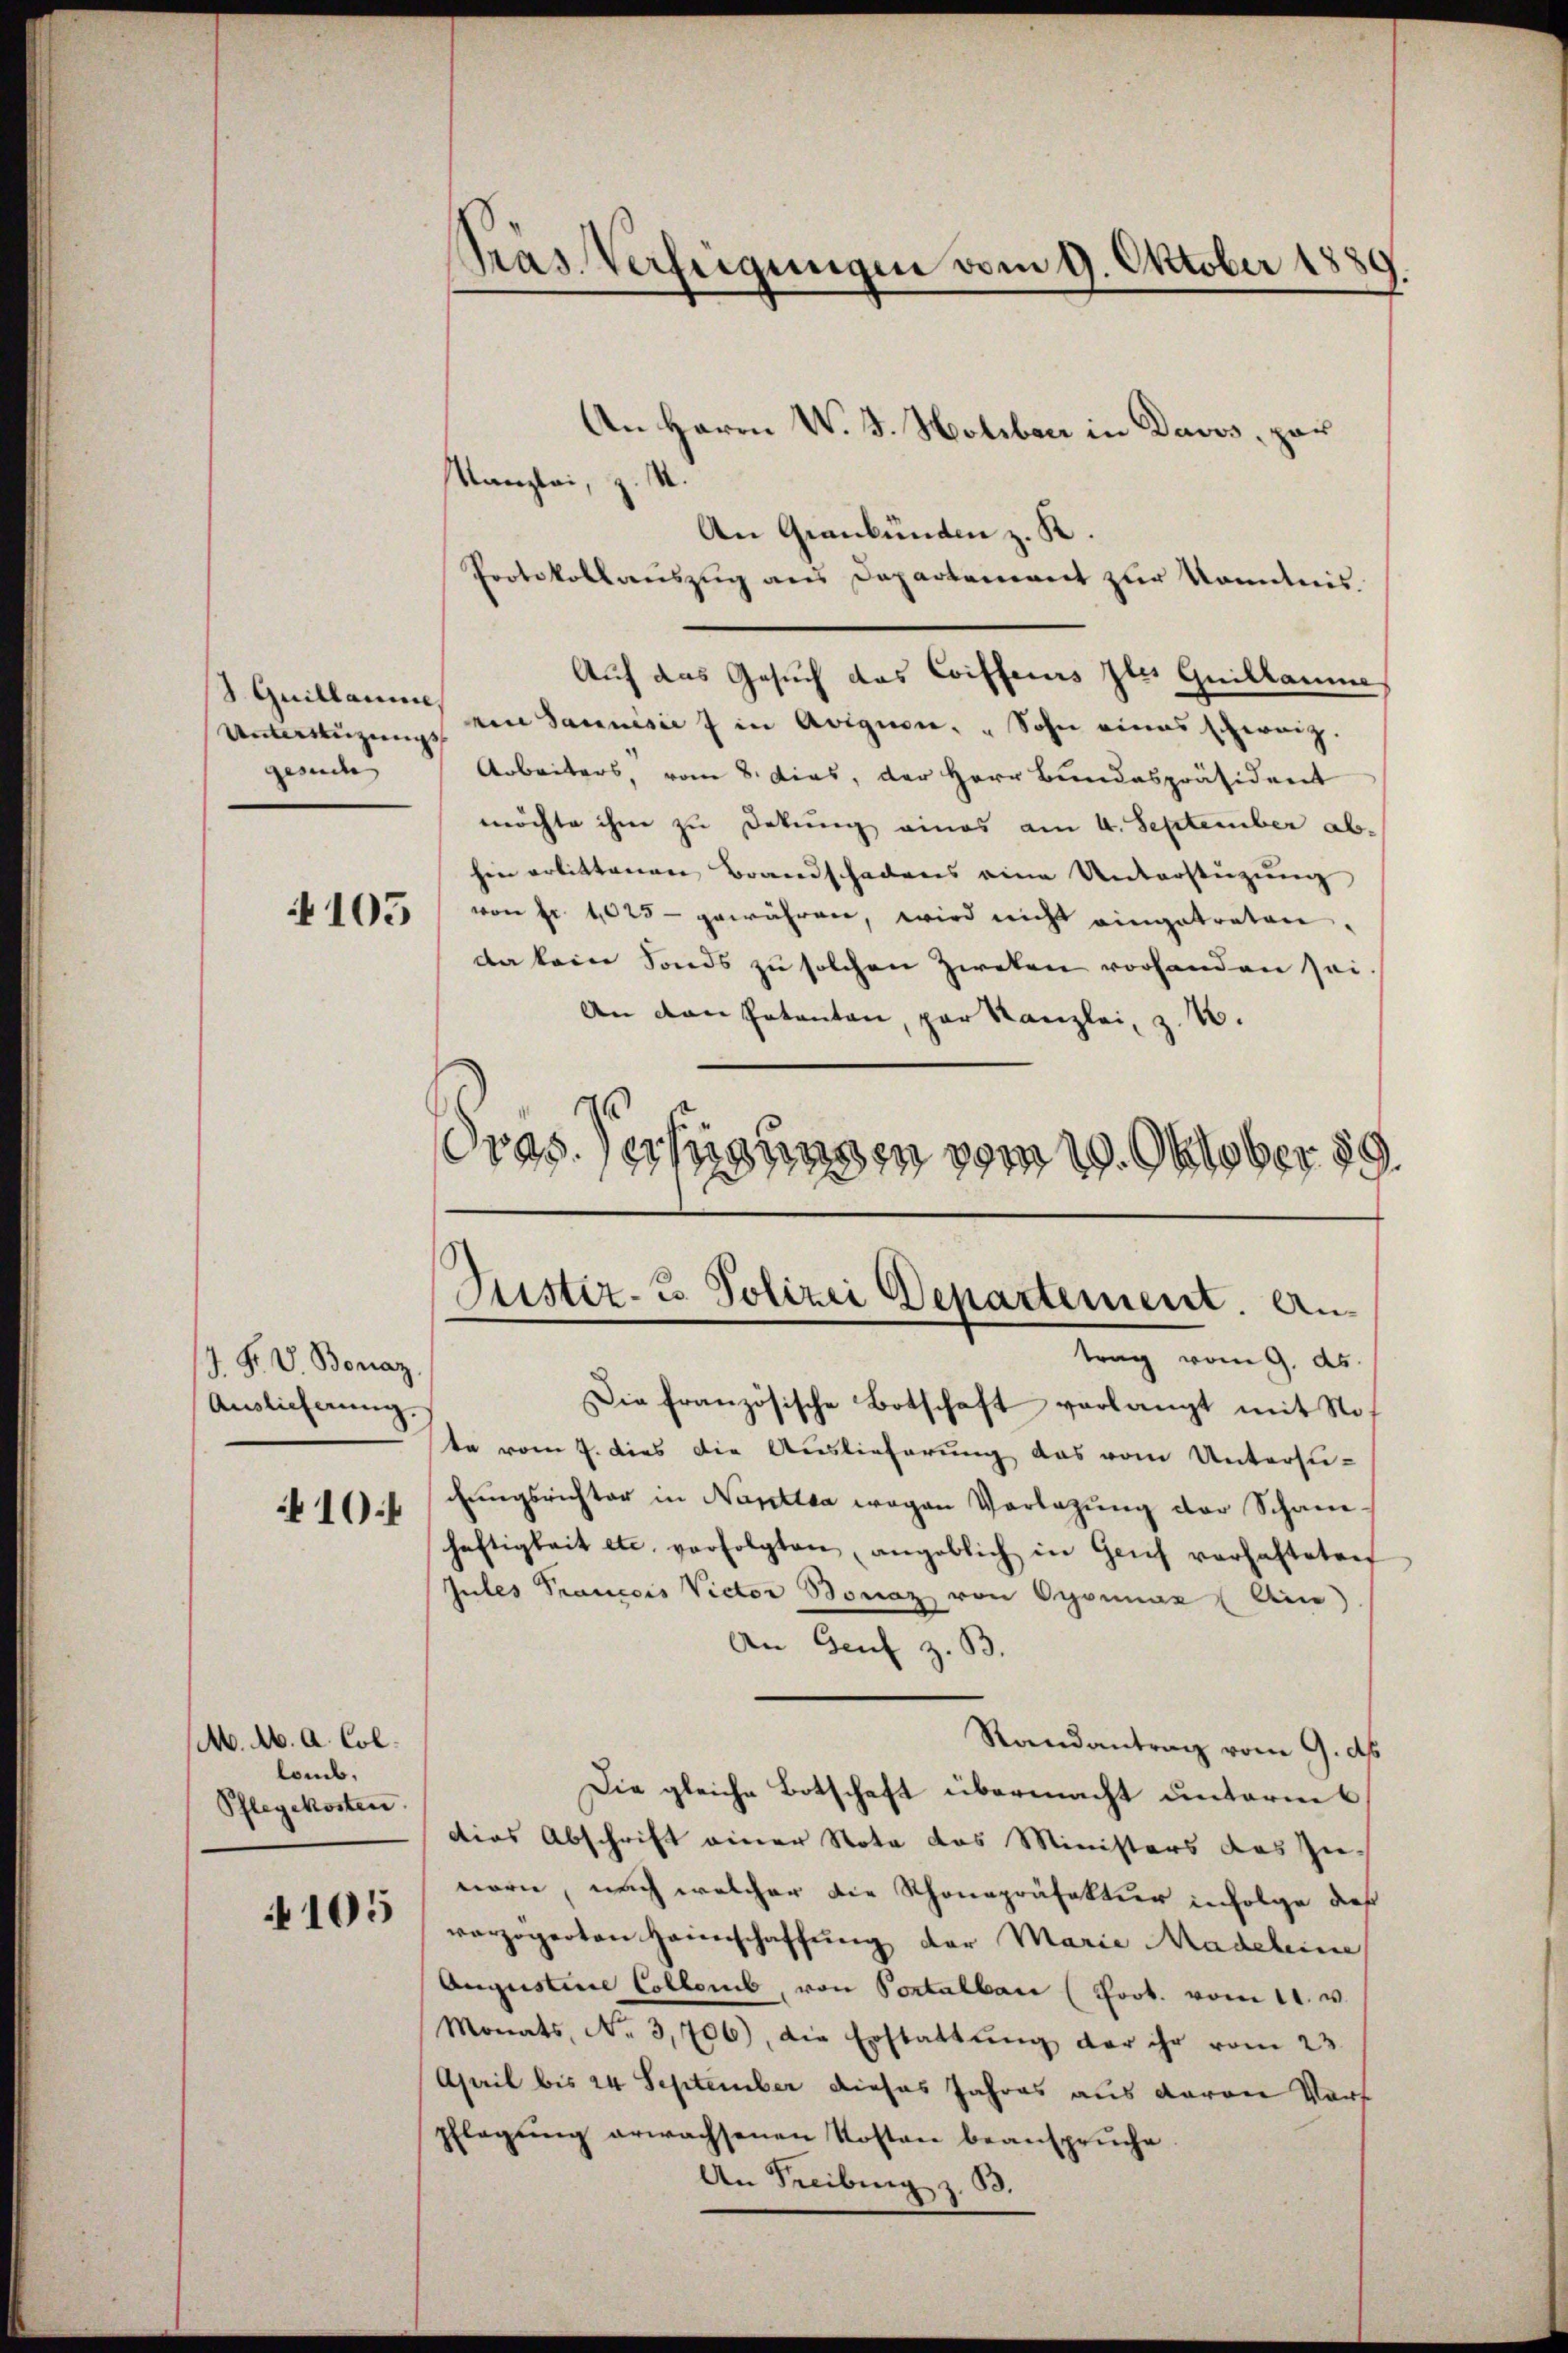
3. Quillamme,
Unüzungs
gesuche |

4105

J. F. V. Bonaz.
Auslieferung
10

M. Ab. a. Col.
lomb,
Pflegekosten.

105

An Herrn W. J. Holibach in Davos, par
Kanzlei, z. M.
An Graubünden z. R.
Protokollauszug aus Departement zur Kenntnis.
Auf das Gesuch das Coiffeurs les Guillamme
ein Saunisie 7 in Aviguen: „Sohn eines schweiz.
Arbeiters, vom 8. dies, der Herr Bundespräsident
möchte ihm zu Dokung eines am 4. September abhin erbittenen Brandschadens eine Unterstüzung
von fr. 1025 - gewähren, wird nicht eingetreten.
da kein Fonds zu solchen Zweken vorhanden sei
An den Patenten, par Kanzlei, z. B.
ras. Verfügungen vom 19. Oktober 189.

Gras Verfügungen vom 9. Oktober 1880

Justiz- & Polizei Departement. An

trag vom 9. ds.
Die französische Botschaft verlangt mit Stof
te vom 7. dies die Auslieferung das vom Untersuchungsrichter in Nantlsa wegen Vorlegŭng der Schane
heftigkeit etc. verfolgten, angeblich in Genf verhafteten
Jules Prancois Victor Bonaz von Oyonnaz Aine)
An Genf z. B.
Randantrag vom 9. ds.
Die gleiche Botschaft übermacht unterm 6.
dies Abschrift einer Nota das Ministers das Zu-
nern, nach welcher die Schonapräfektur infolge daß
verzögerten Heimschaffŭng der Marie Madehin
Augustine Collens, von Portalbar (Poot. vom 11. v.
Monats, No 3,706), die Erstattung der ihr vom 23.
April bis 24 September dieses Jahres aus davon Vort
pflegung erwachsenen Kosten beanspruche
An Freiburg z. 53.